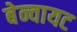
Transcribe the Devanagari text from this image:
बेन्वायट